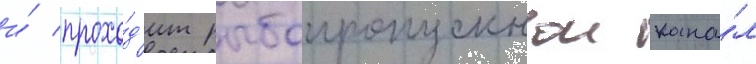
и́ прохо́д'ит рыбопропускнои кана́л